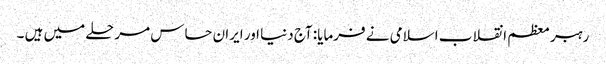
رہبر معظم انقلاب اسلامی نے فرمایا: آج دنیا اور ایران حساس مرحلے میں ہیں ۔